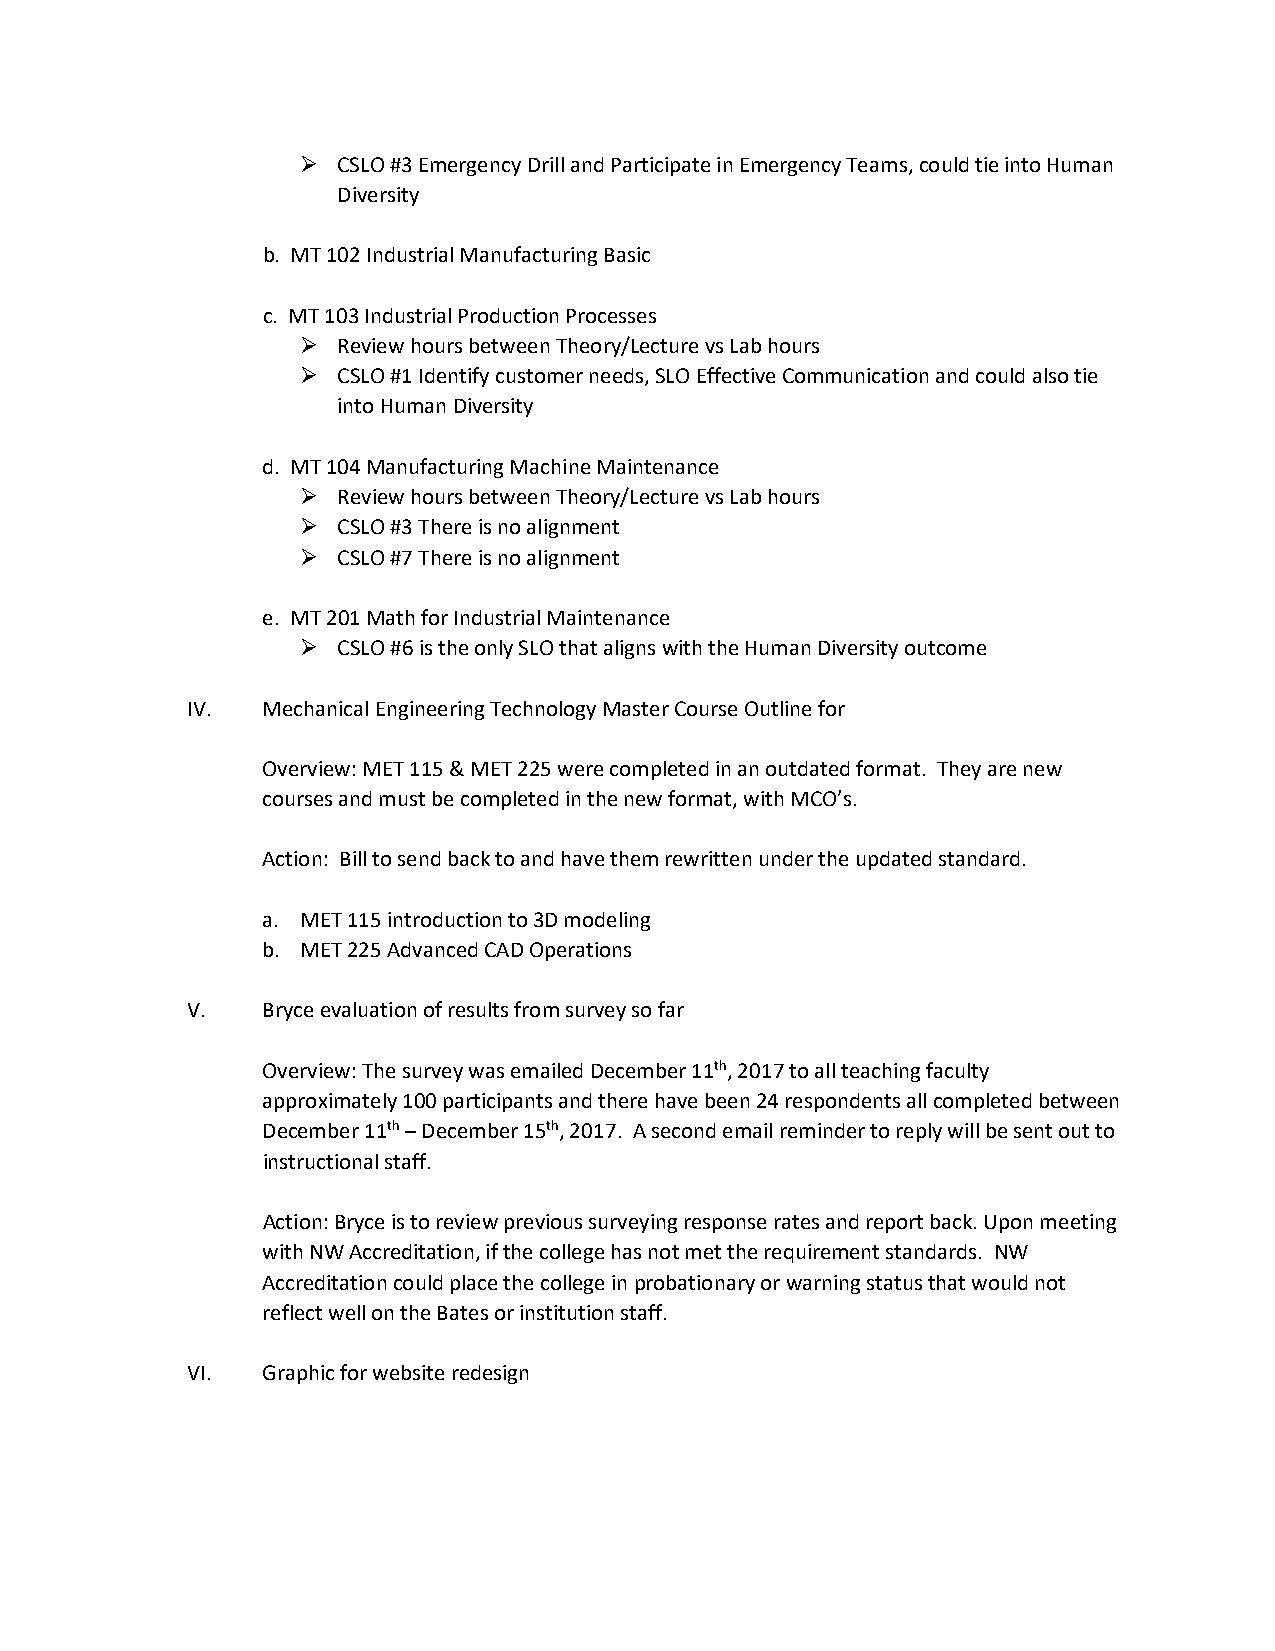
 CSLO #3 Emergency Drill and Participate in Emergency Teams, could tie into Human
 Diversity
 b. MT 102 Industrial Manufacturing Basic
 c. MT 103 Industrial Production Processes
  Review hours between Theory/Lecture vs Lab hours
  CSLO #1 Identify customer needs, SLO Effective Communication and could also tie
 into Human Diversity
 d. MT 104 Manufacturing Machine Maintenance
  Review hours between Theory/Lecture vs Lab hours
  CSLO #3 There is no alignment
  CSLO #7 There is no alignment
 e. MT 201 Math for Industrial Maintenance
  CSLO #6 is the only SLO that aligns with the Human Diversity outcome
 IV.  Mechanical Engineering Technology Master Course Outline for
 Overview: MET 115 & MET 225 were completed in an outdated format. They are new
 courses and must be completed in the new format, with MCO’s.
 Action: Bill to send back to and have them rewritten under the updated standard.
 a. MET 115 introduction to 3D modeling
 b. MET 225 Advanced CAD Operations
 V.   Bryce evaluation of results from survey so far
 Overview: The survey was emailed December 11th, 2017 to all teaching faculty
 approximately 100 participants and there have been 24 respondents all completed between
 December 11th – December 15th, 2017. A second email reminder to reply will be sent out to
 instructional staff.
 Action: Bryce is to review previous surveying response rates and report back. Upon meeting
 with NW Accreditation, if the college has not met the requirement standards. NW
 Accreditation could place the college in probationary or warning status that would not
 reflect well on the Bates or institution staff.
 VI.  Graphic for website redesign